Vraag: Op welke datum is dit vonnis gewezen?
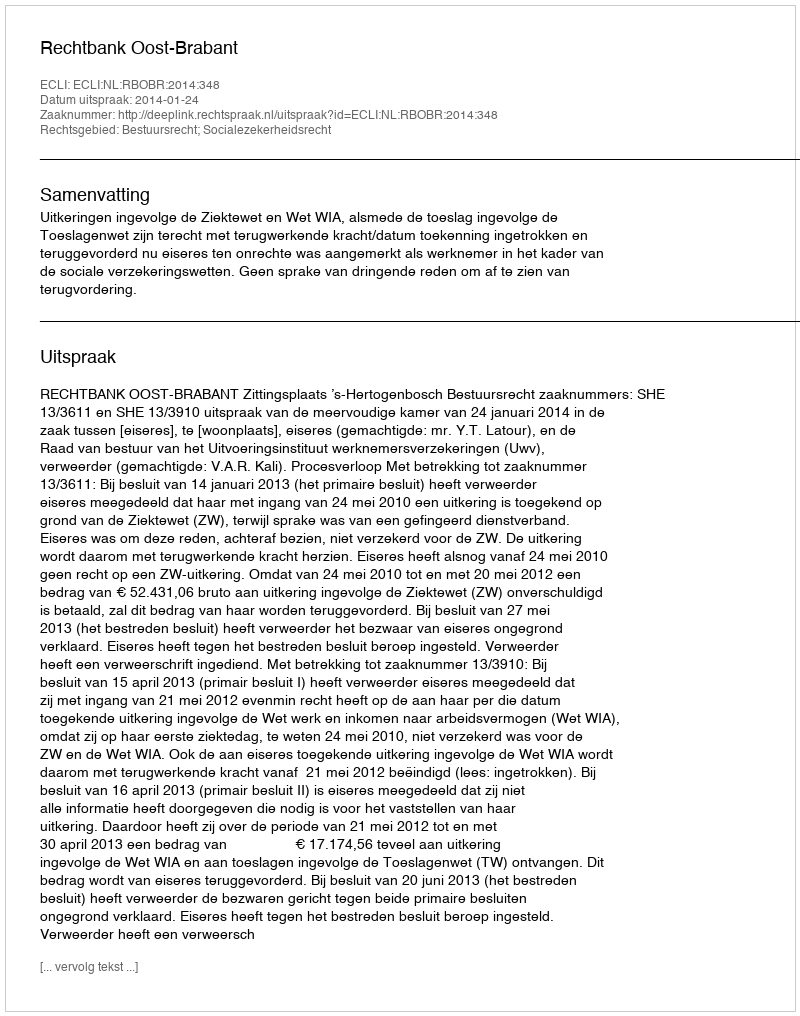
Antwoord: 2014-01-24